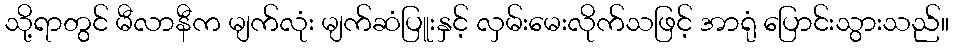
သို့ရာတွင် မီလာနီက မျက်လုံး မျက်ဆံပြူးနှင့် လှမ်းမေးလိုက်သဖြင့် အာရုံ ပြောင်းသွားသည်။